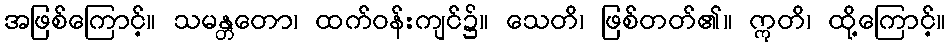
အဖြစ်ကြောင့်။ သမန္တတော၊ ထက်ဝန်းကျင်၌။ သေတိ၊ ဖြစ်တတ်၏။ ဣတိ၊ ထို့ကြောင့်။